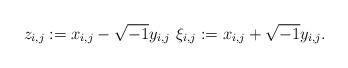
LaTeX: \begin{align*}z_{i,j}:=x_{i,j}-\sqrt{-1}y_{i,j}\,\,\xi_{i,j}:=x_{i,j}+\sqrt{-1}y_{i,j}.\end{align*}